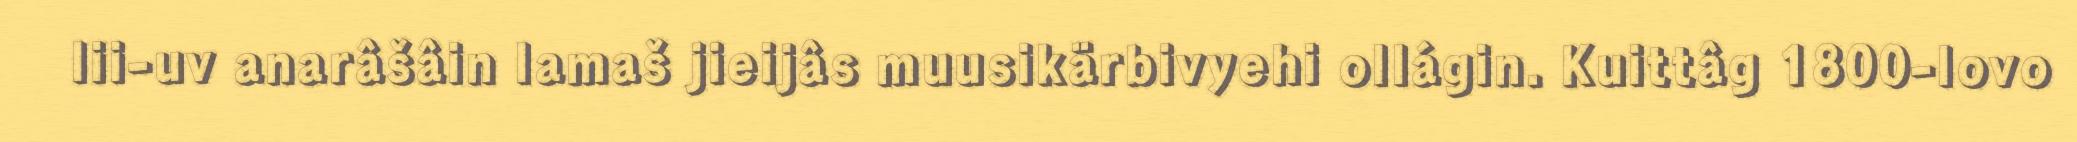
lii-uv anarâšâin lamaš jieijâs muusikärbivyehi ollágin. Kuittâg 1800-lovo